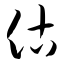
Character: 估